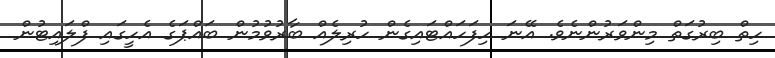
ހިތް ބިރުގަތް މިންވަރުންނެވެ. އޭނަ ހިފަހައްޓައިގެން ހުރިލެއް ބާރުވުމުން ބައްޕަގެ އެހީގައި ފްލައިޓުން